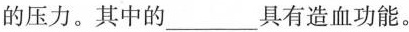
的压力。其中的___具有造血功能。